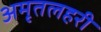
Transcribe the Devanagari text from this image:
अमृतलहरी